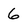
Character: 6